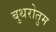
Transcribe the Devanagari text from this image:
बुथरोतुम